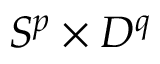
S ^ { p } \times D ^ { q }